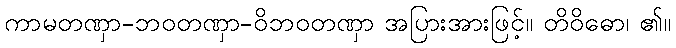
ကာမတဏှာ-ဘဝတဏှာ-ဝိဘဝတဏှာ အပြားအားဖြင့်။ တိဝိဓော၊ ၏။